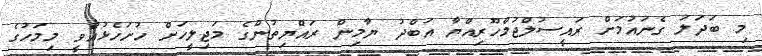
މި ބަދަލު ގެނައުމަށް ރައީސުލްޖުމްހޫރިއްޔާ އަބްދު ޔާމިން ރައްޔިތުންގެ މަޖިލީހަށް ހުށަހެޅުއްވީ މިމަހުގެ